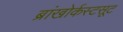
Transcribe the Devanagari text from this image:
ब्रांखोर्कस्टसूट